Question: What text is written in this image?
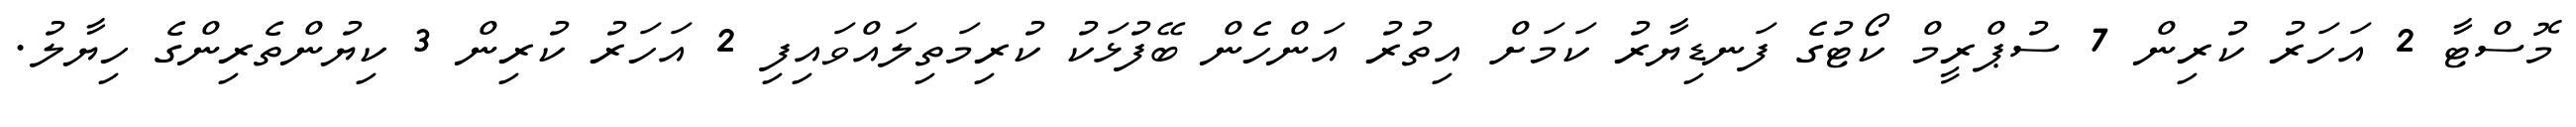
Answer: މޮސްޓާ 2 އަހަރު ކުރިން 7 ސުޕްރީމް ކޯޓުގެ ފަނޑިޔާރު ކަމަށް އިތުރު އަންހެން ބޭފުޅަކު ކުރިމަތިލައްވައިފި 2 އަހަރު ކުރިން 3 ކިޔުންތެރިންގެ ހިޔާލު.